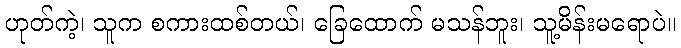
ဟုတ်ကဲ့၊ သူက စကားထစ်တယ်၊ ခြေထောက် မသန်ဘူး၊ သူ့မိန်းမရောပဲ။